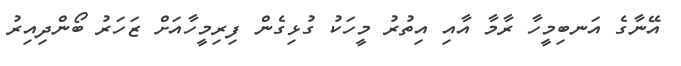
އޭނާގެ އަނބިމީހާ ރާމާ އާއި އިތުރު މީހަކު ގުޅިގެން ފިރިމީހާއަށް ޒަހަރު ބޯންދިއިރު